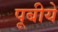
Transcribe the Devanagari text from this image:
पूबीये